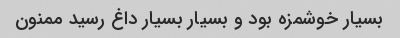
بسیار خوشمزه بود و بسیار بسیار داغ رسید ممنون